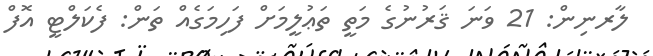
ލާރނިން: 21 ވަނަ ޤަރުނުގެ މަތީ ތަޢުލީމަށް ފަހިމަގެއް ތަން: ފެކަލްޓީ އޮފް